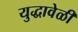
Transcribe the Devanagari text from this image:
युद्धावेळी